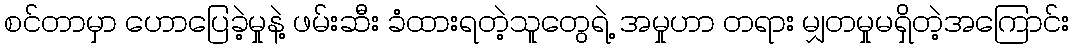
စင်တာမှာ ဟောပြေခဲ့မှုနဲ့ ဖမ်းဆီး ခံထားရတဲ့သူတွေရဲ့ အမှုဟာ တရား မျှတမှုမရှိတဲ့အကြောင်း